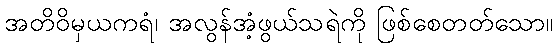
အတိဝိမှယကရံ၊ အလွန်အံ့ဖွယ်သရဲကို ဖြစ်စေတတ်သော။